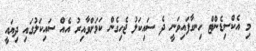
މި އެކްސިޑެންޓް ހިނގާފައިވަނީ ދެ ސައިކަލު ޖެހިގެން ކަމަށްވާއިރު އެއް ސައިކަލުގައި ދިޔައީ